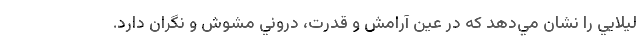
ليلايي را نشان مي‌دهد که در عين آرامش و قدرت، دروني مشوش و نگران دارد.